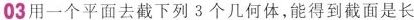
03 用一个平面去截下列 3 个几何体，能得到截面是长